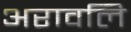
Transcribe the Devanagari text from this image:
अरावलि